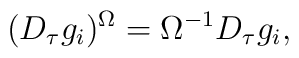
(D_{\tau}g_{i})^{\Omega}=\Omega^{-1}D_{\tau}g_{i} ,